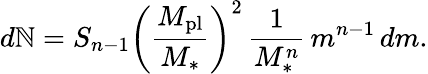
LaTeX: d\mathbb{N}=S_{n-1}\left(\frac{{M_{\mathrm{{pl}}}}}{{M_{*}}}\right)^{2}\, \frac{{1}}{{M_{*}^{n}}}\, m^{n-1}\, dm.